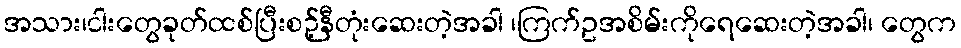
အသား၊ငါးတွေခုတ်ထစ်ပြီးစဉ့်နီတုံးဆေးတဲ့အခါ ၊ကြက်ဥအစိမ်းကိုရေဆေးတဲ့အခါ၊ တွေက